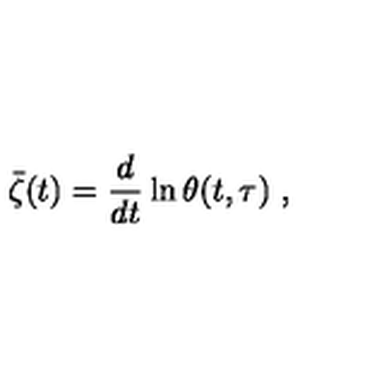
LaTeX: \bar { \zeta } ( t ) = \frac { d } { d t } \ln \theta ( t , \tau ) \ ,